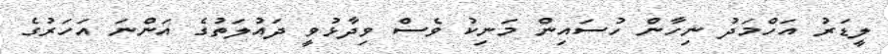
ލީޑަރު އަހްމަދު ނިހާން ހުސައިން މަނިކު ވެސް ވިދާޅުވީ ދައުލަތުގެ އަންނަ އަހަރުގެ